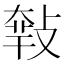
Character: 𢾴